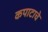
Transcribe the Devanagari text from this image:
कपाटाचे